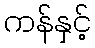
ကန်နှင့်